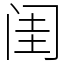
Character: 闺